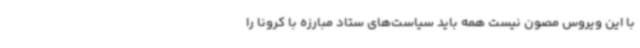
با این ویروس مصون نیست همه باید سیاست‌های ستاد مبارزه با کرونا را